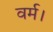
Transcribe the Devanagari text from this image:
वर्म।